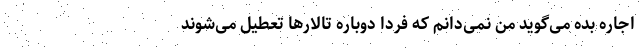
اجاره بده می‌گوید من نمی‌دانم که فردا دوباره تالارها تعطیل می‌شوند